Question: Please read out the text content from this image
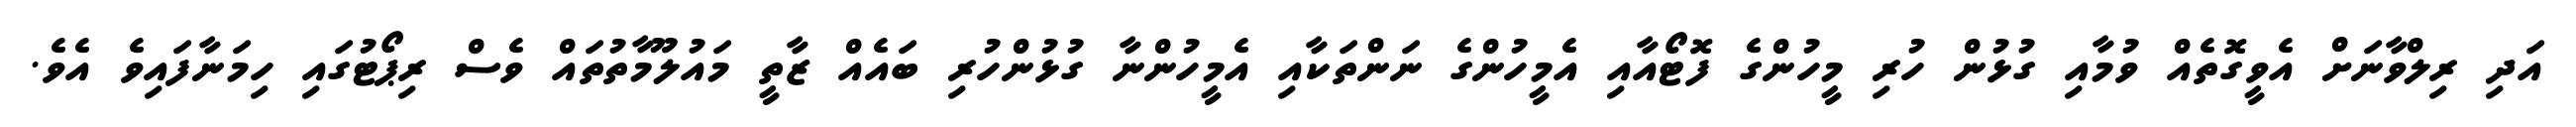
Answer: އަދި ރިލްވާނަށް އެވީގޮތެއް ވުމާއި ގުޅުން ހުރި މީހުންގެ ފޮޓޯއާއި އެމީހުންގެ ނަންތަކާއި އެމީހުންނާ ގުޅުންހުރި ބައެއް ޒާތީ މައުލޫމާތުތައް ވެސް ރިޕޯޓުގައި ހިމަނާފައިވެ އެވެ.